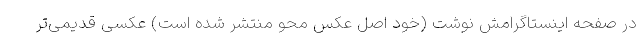
در صفحه اینستاگرامش نوشت (خود اصل عکس محو منتشر شده است) عکسی قدیمی‌تر